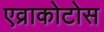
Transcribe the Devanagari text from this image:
एव्राकोटोस